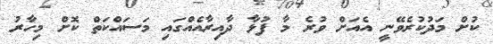
ކުށް މަދުކުރެވޭނީ އެއަށް ވުރެ މާ ފުޅާ ދާއިރާއެއްގައި މަސައްކަތް ކޮށް މިހާރު